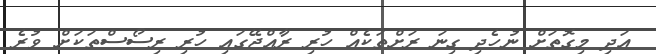
އަދި މިގޮތަށް ނުހެދި ގިނަ ރަށްތަކެއް ހުރި ރާއްޖޭގައި ހުރި ރިސޯސްތަކަށް ވުރެ